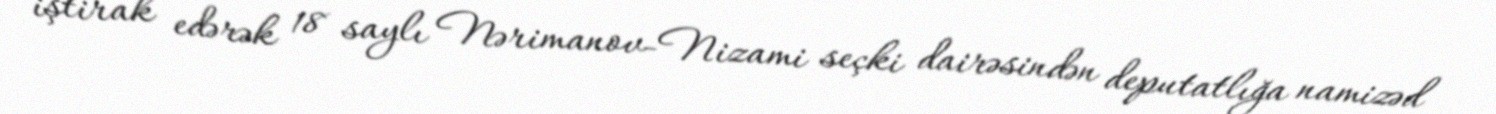
iştirak edərək 18 saylı Nərimanov-Nizami seçki dairəsindən deputatlığa namizəd